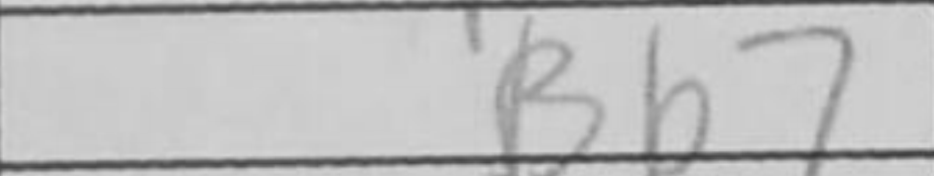
Transcription: Bb7